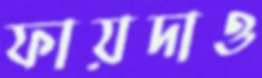
ফায়দাও